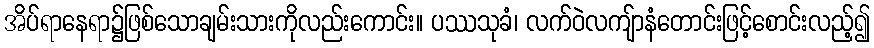
အိပ်ရာနေရာ၌ဖြစ်သောချမ်းသားကိုလည်းကောင်း။ ပဿသုခံ၊ လက်ဝဲလကျ်ာနံတောင်းဖြင့်စောင်းလည့်၍